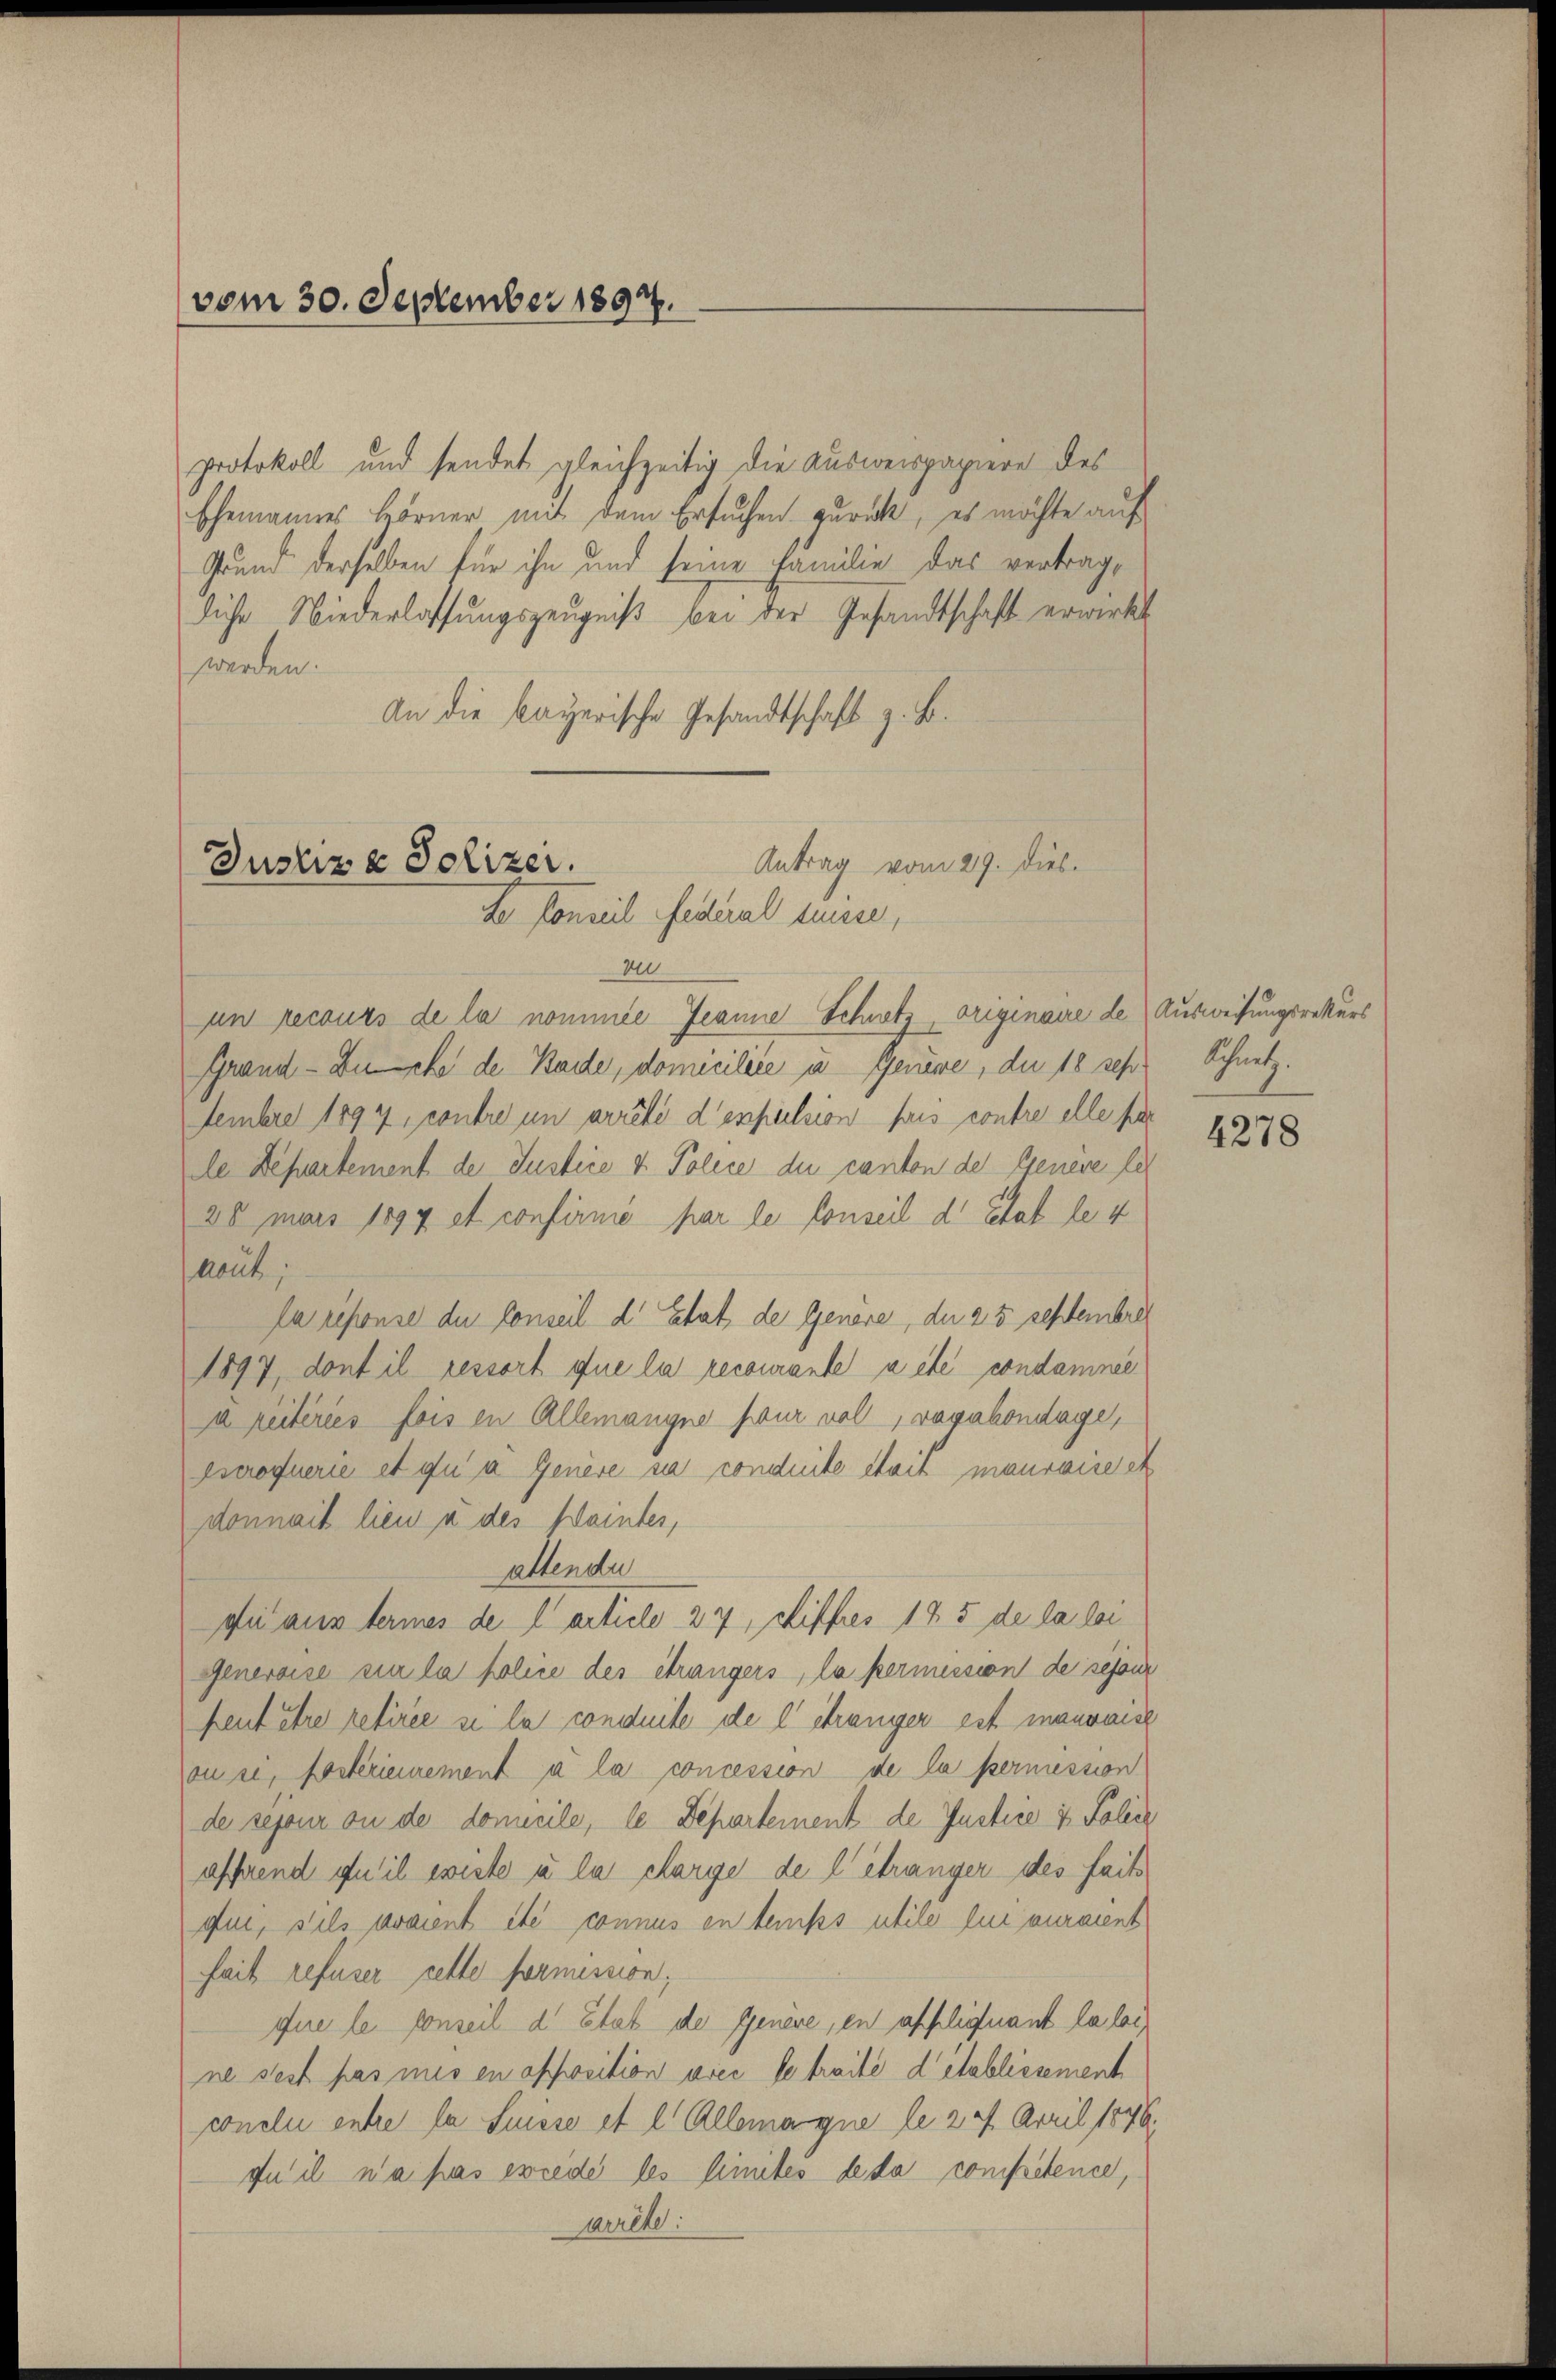
protokoll und sendet gleichzeitig die Ausweispapiere des
Ehemannes Hörner mit dem Ersuchen zurück, es möchte auf
Grund derselben für ihn und seine Familie das vertragliche Niederlassungszeugniß bei der Gesandtschaft erwirkt
werden.
An die bayerische Gesandtschaft z. B.
Antrag vom 29. Dieb.
Justiz & Polizei.

vom 30. September 1897.

So konseil Federal diese,
u
an recours de la nommée Jeanne Schnetz, originaire de Ausweisungsrekurs

Grand - Buche de Bade, domicilite u. Genüge, du 18 sehr Schnetz.
tembre 1894, contre in arrêté d’empulsion puis contre elle par
le Departement der Justice v. Police du canton der Genere sel
28 mars 1894 et confirme par le Conseil d’Etat le 4
hout
la resense du Conseil d’Etat de Genöre, du 25 septembre
1897, dont il ressort que la recourante a été condamnee
a reiteries fois in Allemangne pour voll, vavakondage,
scrofuerie et qui a Genere sa conduite sait mauvaise et
donnait lieu à des Kaintes,
attendu
du aus termes de l’article 27, chiffres 175 de la lei
Generoise sie la police des étrangers, la permession de sessur
feut être retirée si la conduite de l’étranger est mauvaise
vouse, Posteriemement à la concession de la permession
de sepour an de domicile, le Departement de Justice & Police
affend qu’il existe u la charge de l’étranger des faits
qui, sils avaient etc connus en temps utile lui auraient
hait refuser cette formession;
que le conseil d. Etat der Genere, en appliquant la loi,
ne sest pas mis en opposition vier le traite detablissement
conclu entre la Suisse et l. Allemagne le 244. April 1846.
du il n’a pas ewieder les limites de sa competence,
arrête:

4278